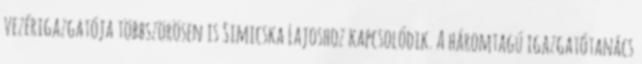
vezérigazgatója többszörösen is Simicska Lajoshoz kapcsolódik. A háromtagú igazgatótanács